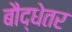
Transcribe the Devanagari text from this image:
बौद्धेतर